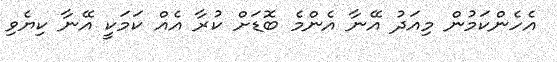
އެހެންކަމުން މިއަދު އޭނާ އެންމެ ބޮޑަށް ކުރާ އެއް ކަމަކީ އޭނާ ކިޔެވި